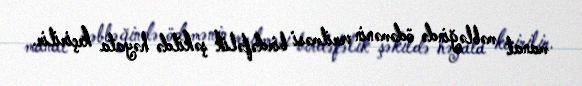
manat məbləğində ödəmənin verilməsi birdəfəlik şəkildə həyata keçirilir.